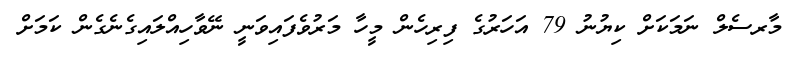
މާރސެލް ނަމަކަށް ކިޔުނު 79 އަހަރުގެ ފިރިހެން މީހާ މަރުވެފައިވަނީ ނޭވާހިއްލައިގެނެގެން ކަމަށް